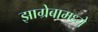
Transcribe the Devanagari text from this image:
झाग्रेबामध्ये